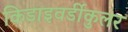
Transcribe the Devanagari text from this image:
किडाइवर्डीकुलर